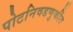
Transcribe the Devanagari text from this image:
पोटनिवडणुकींत